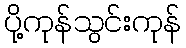
ပို့ကုန်သွင်းကုန်